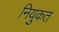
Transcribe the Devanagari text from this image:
नियुकत